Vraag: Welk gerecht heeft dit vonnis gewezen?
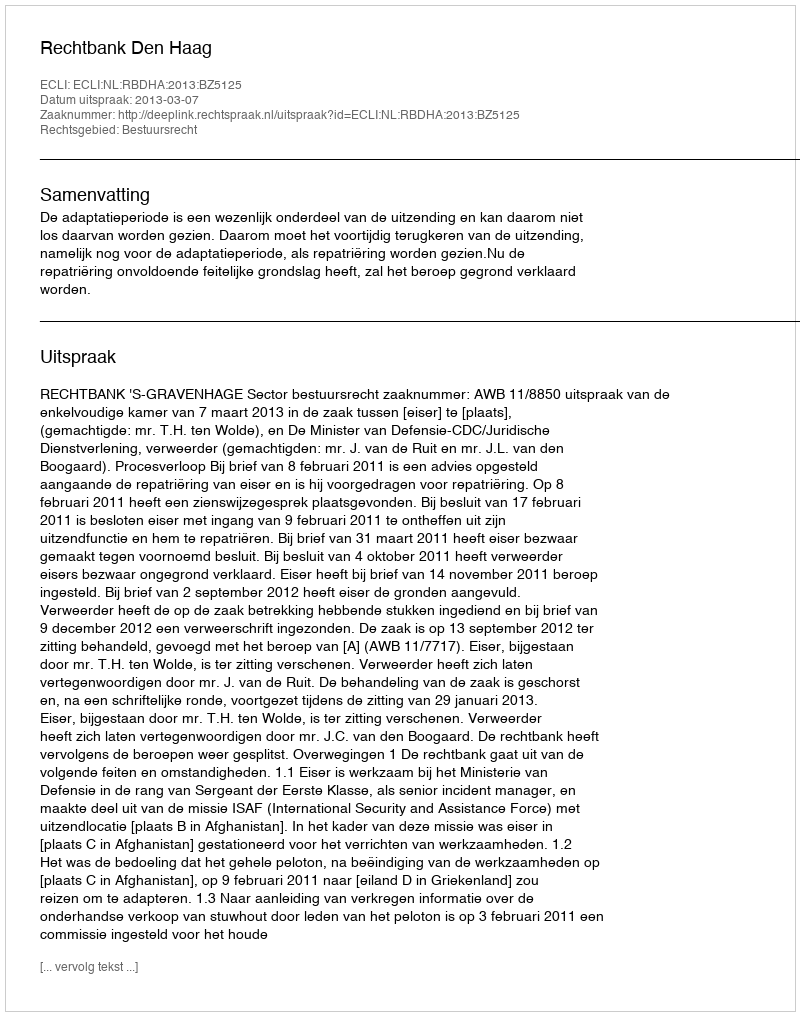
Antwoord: Rechtbank Den Haag